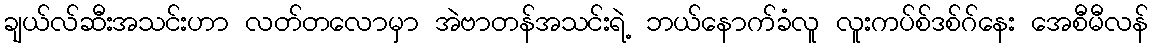
ချယ်လ်ဆီးအသင်းဟာ လတ်တလောမှာ အဲဗာတန်အသင်းရဲ့ ဘယ်နောက်ခံလူ လူးကပ်စ်ဒစ်ဂ်နေး အေစီမီလန်